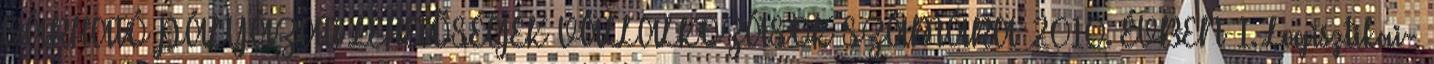
VÁRHATÓ PÁLYÁZATI LEHETŐSÉGEK VÁLLALKOZÁSOK SZÁMÁRA 2010. ÉVBEN 1. Logisztikai-